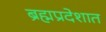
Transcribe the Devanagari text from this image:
ब्रह्मप्रदेशात